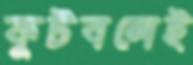
ফুটবলেই